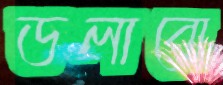
ডলাবো